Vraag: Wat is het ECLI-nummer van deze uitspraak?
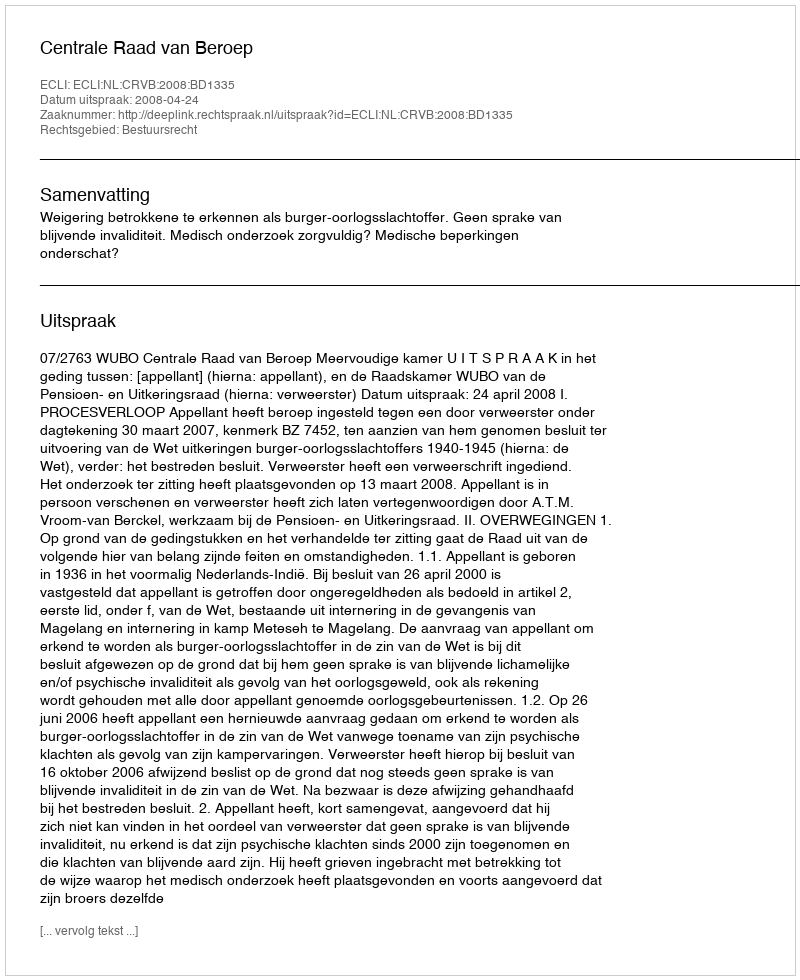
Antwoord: ECLI:NL:CRVB:2008:BD1335